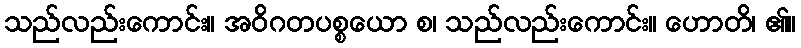
သည်လည်းကောင်း။ အဝိဂတပစ္စယော စ၊ သည်လည်းကောင်း။ ဟောတိ၊ ၏။